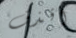
أقذف